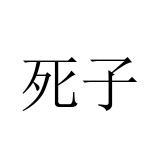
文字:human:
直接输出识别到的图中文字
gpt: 死子